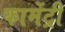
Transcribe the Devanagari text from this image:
कामेंट्री